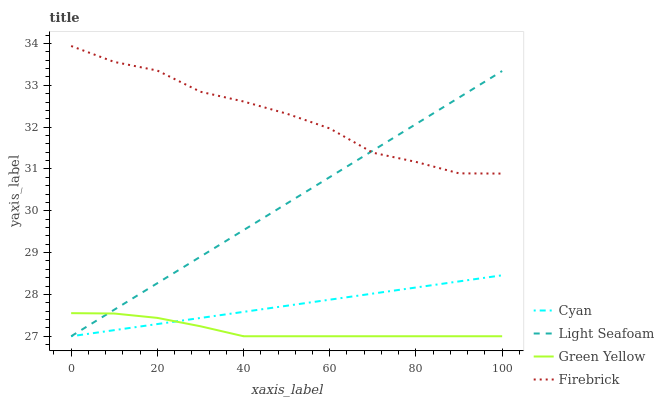
| xaxis_label | Cyan | Light Seafoam | Green Yellow | Firebrick |
 | --- | --- | --- | --- | --- |
 | 0 | 27 | 27 | 27.6 | 33.9 |
 | 10 | 27.1 | 27.6 | 27.5 | 33.6 |
 | 20 | 27.3 | 28.3 | 27.4 | 33.4 |
 | 30 | 27.4 | 28.9 | 27.2 | 32.8 |
 | 40 | 27.6 | 29.5 | 27 | 32.6 |
 | 50 | 27.7 | 30.2 | 27 | 32.3 |
 | 60 | 27.9 | 30.8 | 27 | 32 |
 | 70 | 28 | 31.4 | 27 | 31.4 |
 | 80 | 28.2 | 32.1 | 27 | 31.2 |
 | 90 | 28.3 | 32.7 | 27 | 30.9 |
 | 100 | 28.5 | 33.3 | 27 | 30.9 |